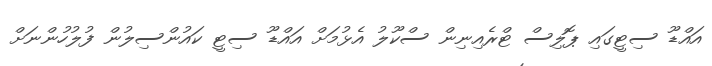
އައްޑޫ ސިޓީގައި ޕޮލިސް ޓްރެއިނިން ސްކޫލު އެޅުމަށް އައްޑޫ ސިޓީ ކައުންސިލުން ފުލުހުންނަށް